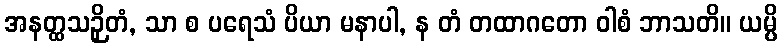
အနတ္ထသဉှိတံ, သာ စ ပရေသံ ပိယာ မနာပါ, န တံ တထာဂတော ဝါစံ ဘာသတိ။ ယမ္ပိ